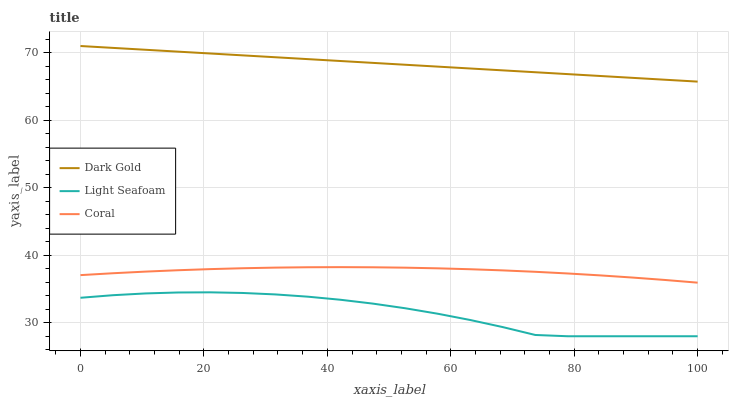
| xaxis_label | Dark Gold | Light Seafoam | Coral |
 | --- | --- | --- | --- |
 | 0 | 71 | 33.7 | 37.1 |
 | 5.26 | 70.7 | 34.1 | 37.3 |
 | 10.5 | 70.4 | 34.3 | 37.6 |
 | 15.8 | 70.2 | 34.5 | 37.8 |
 | 21.1 | 69.9 | 34.5 | 37.9 |
 | 26.3 | 69.6 | 34.4 | 38.1 |
 | 31.6 | 69.3 | 34.2 | 38.2 |
 | 36.8 | 69.1 | 33.9 | 38.2 |
 | 42.1 | 68.8 | 33.4 | 38.2 |
 | 47.4 | 68.5 | 32.8 | 38.2 |
 | 52.6 | 68.2 | 32.1 | 38.2 |
 | 57.9 | 67.9 | 31.3 | 38.1 |
 | 63.2 | 67.7 | 30.4 | 37.9 |
 | 68.4 | 67.4 | 29.4 | 37.8 |
 | 73.7 | 67.1 | 28.2 | 37.5 |
 | 78.9 | 66.8 | 28 | 37.3 |
 | 84.2 | 66.6 | 28 | 37 |
 | 89.5 | 66.3 | 28 | 36.7 |
 | 94.7 | 66 | 28 | 36.3 |
 | 100 | 65.7 | 28 | 35.9 |